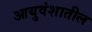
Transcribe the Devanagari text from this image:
आयुवंशातील